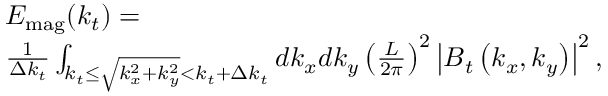
\begin{array} { r l } & { E _ { \mathrm { m a g } } ( k _ { t } ) = } \\ & { \frac { 1 } { \Delta k _ { t } } \int _ { k _ { t } \le \sqrt { k _ { x } ^ { 2 } + k _ { y } ^ { 2 } } < k _ { t } + \Delta k _ { t } } d k _ { x } d k _ { y } \left( \frac { L } { 2 \pi } \right) ^ { 2 } \left| \boldsymbol { B } _ { t } \left( k _ { x } , k _ { y } \right) \right| ^ { 2 } , } \end{array}